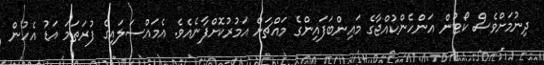
ދިނުމަށްވެސް ކޯޓުން އަންހެންކުއްޖާގެ މައިންބަފައިންގެ މައްޗަށް އަމުރުކޮށްފާނެއެވެ. އެމައްސަލައިގެ ފުރަތަމަ އަޑު އެހުން